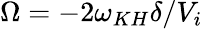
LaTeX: \Omega=-2\omega_{KH}\delta/V_{i}